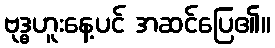
ဗုဒ္ဓဟူးနေ့ပင် အဆင်ပြေ၏။